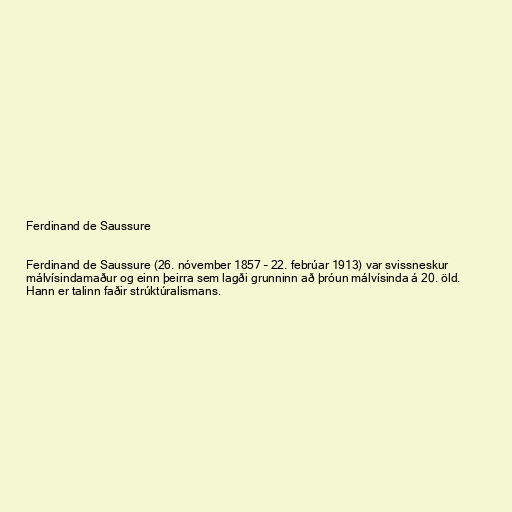
Ferdinand de Saussure

Ferdinand de Saussure (26. nóvember 1857 – 22. febrúar 1913) var svissneskur
málvísindamaður og einn þeirra sem lagði grunninn að þróun málvísinda á 20. öld.
Hann er talinn faðir strúktúralismans.